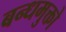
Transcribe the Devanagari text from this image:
बन्धमुक्तो